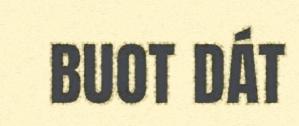
BUOT DÁT